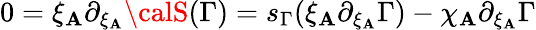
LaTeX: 0=\xi_{\mathbf{A}}\partial_{\xi_{\mathbf{A}}}{\calS}(\Gamma)=s_{\Gamma}(\xi_{\mathbf{A}}\partial_{\xi_{\mathbf{A}}}\Gamma)-\chi_{\mathbf{A}}\partial_{\xi_{\mathbf{A}}}\Gamma